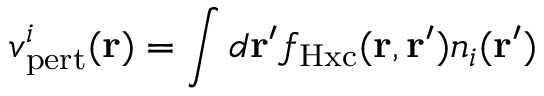
v _ { \mathrm { p e r t } } ^ { i } ( \mathbf { r } ) = \int d \mathbf { r } ^ { \prime } f _ { \mathrm { H x c } } ( \mathbf { r } , \mathbf { r } ^ { \prime } ) n _ { i } ( \mathbf { r } ^ { \prime } )